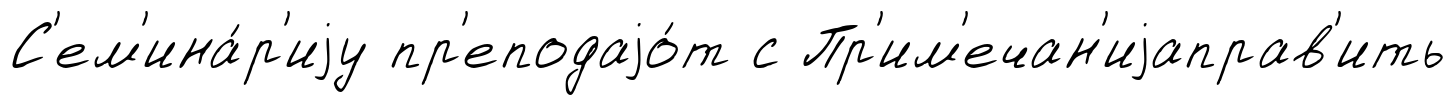
С'ем'ина́р'иjу пр'еподаjо́т с Пр'им'ечан'иjаправ'ить